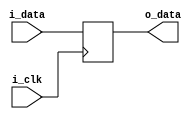
`timescale 1ns / 1ps



module FF_carry(
    input       i_clk,
    input       i_data,
    
    output reg      o_data
    );
    
    always@(posedge i_clk)begin
        o_data <= i_data;
    end
endmodule